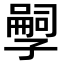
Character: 𫲱